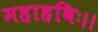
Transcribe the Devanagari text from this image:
महाहविः।।